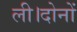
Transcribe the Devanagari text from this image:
ली।दोनों